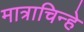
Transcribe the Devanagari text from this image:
मात्राचिन्हे